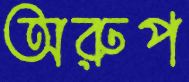
অরুপ